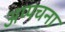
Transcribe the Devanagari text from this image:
अप्पचना